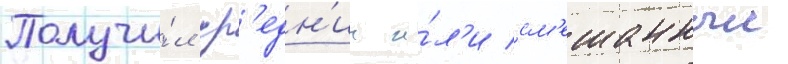
Получи́л ср'едн'ии и́л'и см'ешанныи